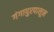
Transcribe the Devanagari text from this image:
गंगापुरपासून